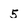
Character: 5